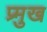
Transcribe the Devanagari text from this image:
प्र्मुख